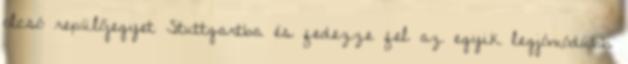
olcsó repülőjegyet Stuttgartba és fedezze fel az egyik legjómódúbb